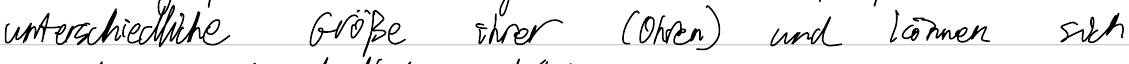
unterschiedliche Größe ihrer (Ohren) und können sich